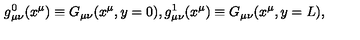
g _ { \mu \nu } ^ { 0 } ( x ^ { \mu } ) \equiv G _ { \mu \nu } ( x ^ { \mu } , y = 0 ) , g _ { \mu \nu } ^ { 1 } ( x ^ { \mu } ) \equiv G _ { \mu \nu } ( x ^ { \mu } , y = L ) , \,